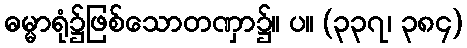
ဓမ္မာရုံ၌ဖြစ်သောတဏှာ၌။ ပ။ (၃၃၇၊ ၃၈၄)